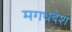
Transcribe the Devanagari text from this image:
मगधदेश